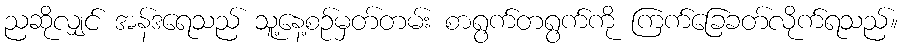
ညဆိုလျှင် အန်ဒရေသည် သူ့နေ့စဉ်မှတ်တမ်း စာရွက်တရွက်ကို ကြက်ခြေခတ်လိုက်ရသည်။